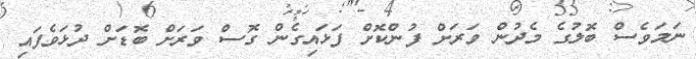
ނަމަވެސް ބޮލުގެ މެދުން ވަރަށް ފުންކޮށް ފަޅައިގެން ގޮސް ވަރަށް ބޮޑަށް ދުޅަވެފައި